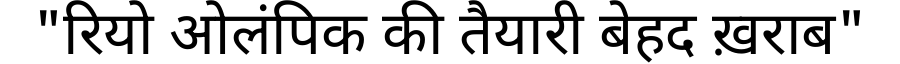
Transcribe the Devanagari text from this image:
"रियो ओलंपिक की तैयारी बेहद ख़राब"